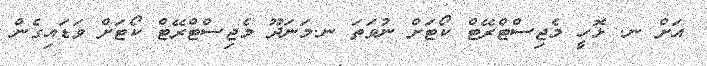
އަށް ނ. ޅޮހީ މެޖިސްޓްރޭޓް ކޯޓަށް ނުވަތަ ނ.މަނަދޫ މެޖިސްޓްރޭޓް ކޯޓަށް ވަޑައިގެން